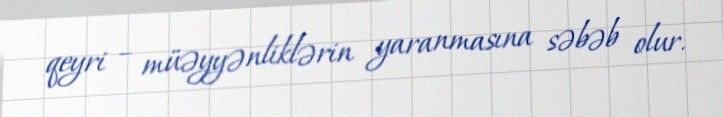
qeyri – müəyyənliklərin yaranmasına səbəb olur.